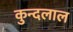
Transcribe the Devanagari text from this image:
कुन्दलाल